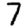
Digit: 7